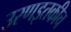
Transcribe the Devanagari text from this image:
उरणइतकीच